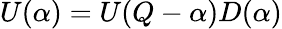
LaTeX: U(\alpha)=U(Q-\alpha)D(\alpha)